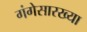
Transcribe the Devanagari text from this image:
गंगेसारख्या